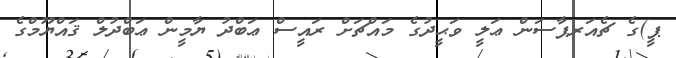
ޕީ)ގެ ޗެއަރޕާސަން ޢަލީ ވަޙީދުގެ މައްޗަށް ރައީސް ޢަބްދު ޔާމީން ޢަބްދުލް ޤައްޔޫމްގެ